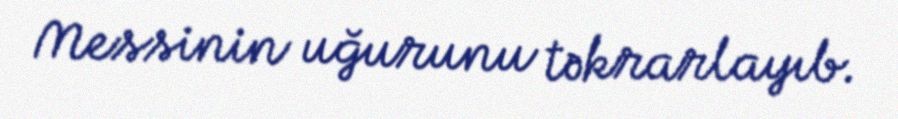
Messinin uğurunu təkrarlayıb.